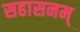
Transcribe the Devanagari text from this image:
सहासनम्